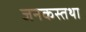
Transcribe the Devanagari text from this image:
जनकस्तथा